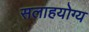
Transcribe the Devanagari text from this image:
सलाहयोग्य